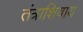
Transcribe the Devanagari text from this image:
तंत्राशिवाय